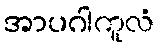
အာပဂါကူလံ